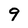
Character: 9